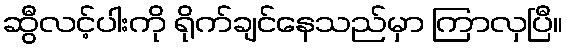
ဆွီလင့်ပါးကို ရိုက်ချင်နေသည်မှာ ကြာလှပြီ။